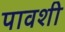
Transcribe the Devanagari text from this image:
पावशी